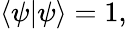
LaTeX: \langle\psi|\psi\rangle=1,